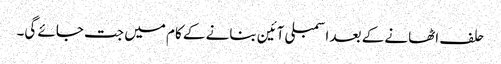
حلف اٹھانے کے بعد اسمبلی آئین بنانے کے کام میں جت جائے گی۔